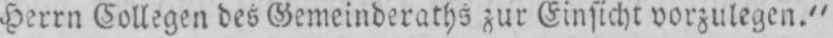
Herrn Collegen des Gemeinderaths zur Einsicht vorzulegen.”